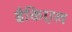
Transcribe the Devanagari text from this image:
ब्रैकिएल